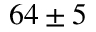
6 4 \pm 5